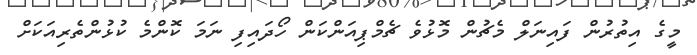
މީގެ އިތުރުން ފައިނަލް މެޗުން މޮޅުވެ ޗެމްޕިއަންކަން ހޯދައިފި ނަމަ ކޮންމެ ކުޅުންތެރިއަކަށް